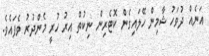
އަނެއް ދުވަހު ޝާމިން ހޭލައިގެން ކޮޓެރިން ނިކުތް އިރު ހުރީ މެންދުރު ވެފައެވެ.